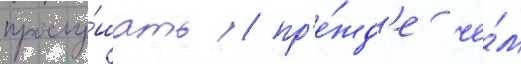
прослу́шать / пр'е́жд'е че́м